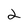
Character: 2